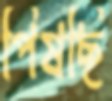
পিষছি